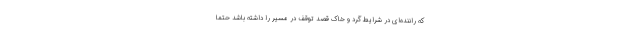
که راننده‌ای در شرایط گرد و خاک قصد توقف در مسیر را داشته باشد حتما